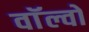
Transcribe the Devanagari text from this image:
वाॅल्वो